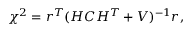
\chi ^ { 2 } = r ^ { T } ( H C H ^ { T } + V ) ^ { - 1 } r ,